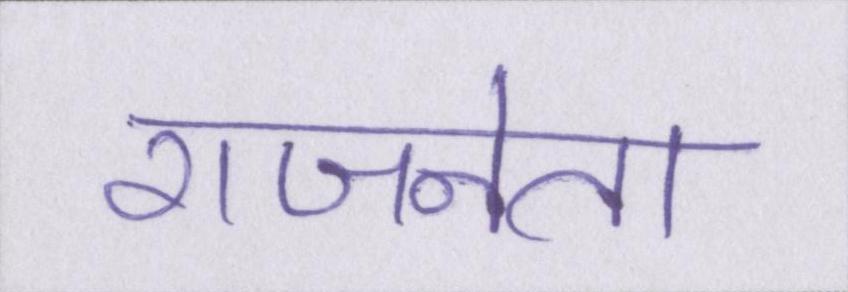
राजनेता